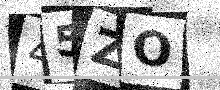
Text: 45ZO